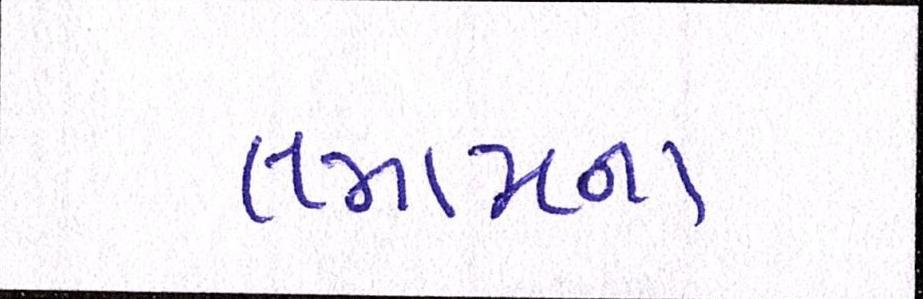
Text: તમામના